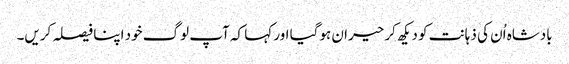
بادشاہ اُن کی ذہانت کو دیکھ کر حیران ہوگیا اور کہا کہ آپ لوگ خود اپنا فیصلہ کریں۔